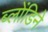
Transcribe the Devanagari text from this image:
ब्लोंडिने